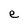
Character: e